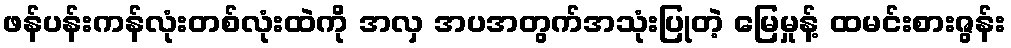
ဖန်ပန်းကန်လုံးတစ်လုံးထဲကို အလှ အပအတွက်အသုံးပြုတဲ့ မြေမှုန့် ထမင်းစားဇွန်း